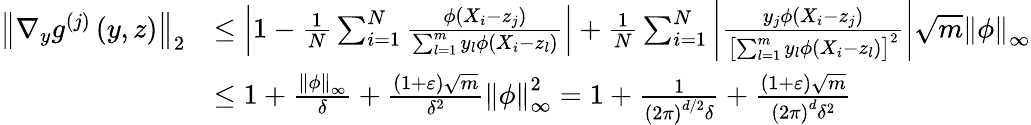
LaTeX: \begin{array}{rl}{\left\Vert\nabla_{y}g^{(j)}\left(y,z\right)\right\Vert_{2}}&{\leq\left|1-\frac{1}{N}\sum_{i=1}^{N}\frac{\phi\left(X_{i}-z_{j}\right)}{\sum_{l=1}^{m}y_{l}\phi\left(X_{i}-z_{l}\right)}\right|+\frac{1}{N}\sum_{i=1}^{N}\left|\frac{y_{j}\phi\left(X_{i}-z_{j}\right)}{\left[\sum_{l=1}^{m}y_{l}\phi\left(X_{i}-z_{l}\right)\right]^{2}}\right|\sqrt{m}\left\Vert\phi\right\Vert_{\infty}}\\ &{\leq 1+\frac{\left\Vert\phi\right\Vert_{\infty}}{\delta}+\frac{\left(1+\varepsilon\right)\sqrt{m}}{\delta^{2}}\left\Vert\phi\right\Vert_{\infty}^{2}=1+\frac{1}{\left(2\pi\right)^{d/2}\delta}+\frac{\left(1+\varepsilon\right)\sqrt{m}}{\left(2\pi\right)^{d}\delta^{2}}}\end{array}